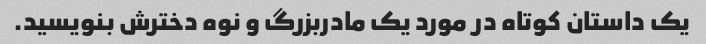
یک داستان کوتاه در مورد یک مادربزرگ و نوه دخترش بنویسید.